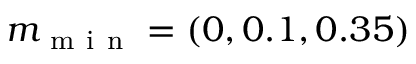
m _ { \mathrm { ~ m ~ i ~ n ~ } } = ( 0 , 0 . 1 , 0 . 3 5 )